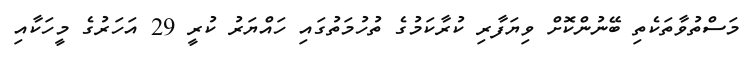
މަސްތުވާތަކެތި ބޭނުންކޮށް ވިޔަފާރި ކުރާކަމުގެ ތުހުމަތުގައި ހައްޔަރު ކުރީ 29 އަހަރުގެ މީހަކާއި